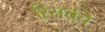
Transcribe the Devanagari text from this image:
रिसर्चचे